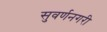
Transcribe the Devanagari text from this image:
सुवर्णनगरी